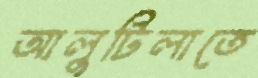
আলুটিলাতে